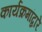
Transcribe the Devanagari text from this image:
कार्यक्रमांद्वारे